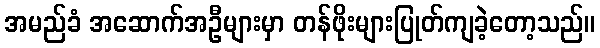
အမည်ခံ အဆောက်အဦများမှာ တန်ဖိုးများပြုတ်ကျခဲ့တော့သည်။